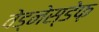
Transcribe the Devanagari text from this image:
वेड्नेस्डेफ़